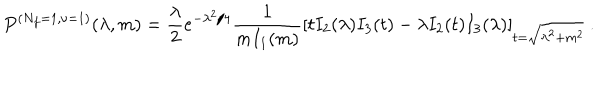
P ^ { ( N _ { f } = 1 , \nu = 1 ) } ( \lambda , m ) = \frac { \lambda } { 2 } e ^ { - \lambda ^ { 2 } / 4 } \frac { 1 } { m I _ { 1 } ( m ) } \left[ t I _ { 2 } ( \lambda ) I _ { 3 } ( t ) - \lambda I _ { 2 } ( t ) I _ { 3 } ( \lambda ) \right] _ { t = \sqrt { \lambda ^ { 2 } + m ^ { 2 } } } \: .